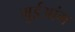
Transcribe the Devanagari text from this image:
मुईआंग